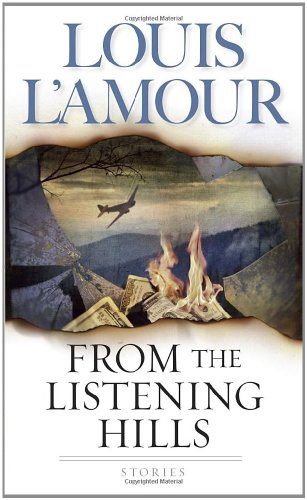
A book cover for From the Listening Hills: Stories; Louis L'Amour; Literature & Fiction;